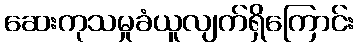
ဆေးကုသမှုခံယူလျက်ရှိကြောင်း